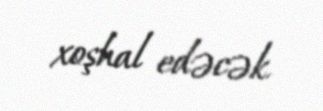
xoşhal edəcək.